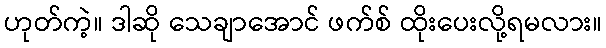
ဟုတ်ကဲ့။ ဒါဆို သေချာအောင် ဖက်စ် ထိုးပေးလို့ရမလား။